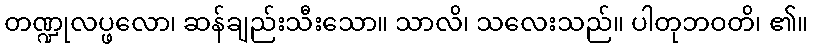
တဏ္ဍုလပ္ဖလော၊ ဆန်ချည်းသီးသော။ သာလိ၊ သလေးသည်။ ပါတုဘဝတိ၊ ၏။